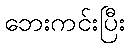
ဘေးကင်းပြီး